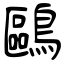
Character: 鷗